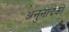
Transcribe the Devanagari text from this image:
अनुनादकों